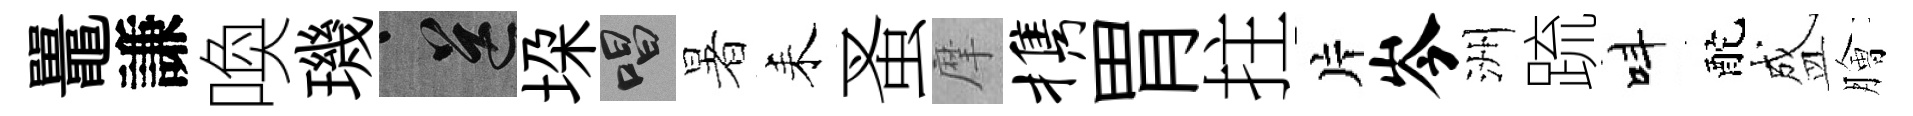
鼉謙喚璣送垜唱暑耒蚤摩携胃拄片岑洲䟽呌酡盛膾